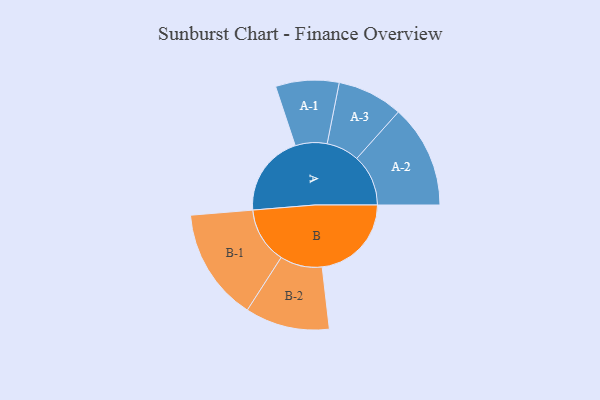
{"axis": {"x": "Segment", "y": "Value"}, "legend": ["", "A", "B"], "data": [{"x": "A", "y": 366, "type": ""}, {"x": "B", "y": 400, "type": ""}, {"x": "A-1", "y": 142, "type": "A"}, {"x": "A-2", "y": 231, "type": "A"}, {"x": "A-3", "y": 147, "type": "A"}, {"x": "B-1", "y": 252, "type": "B"}, {"x": "B-2", "y": 189, "type": "B"}]}